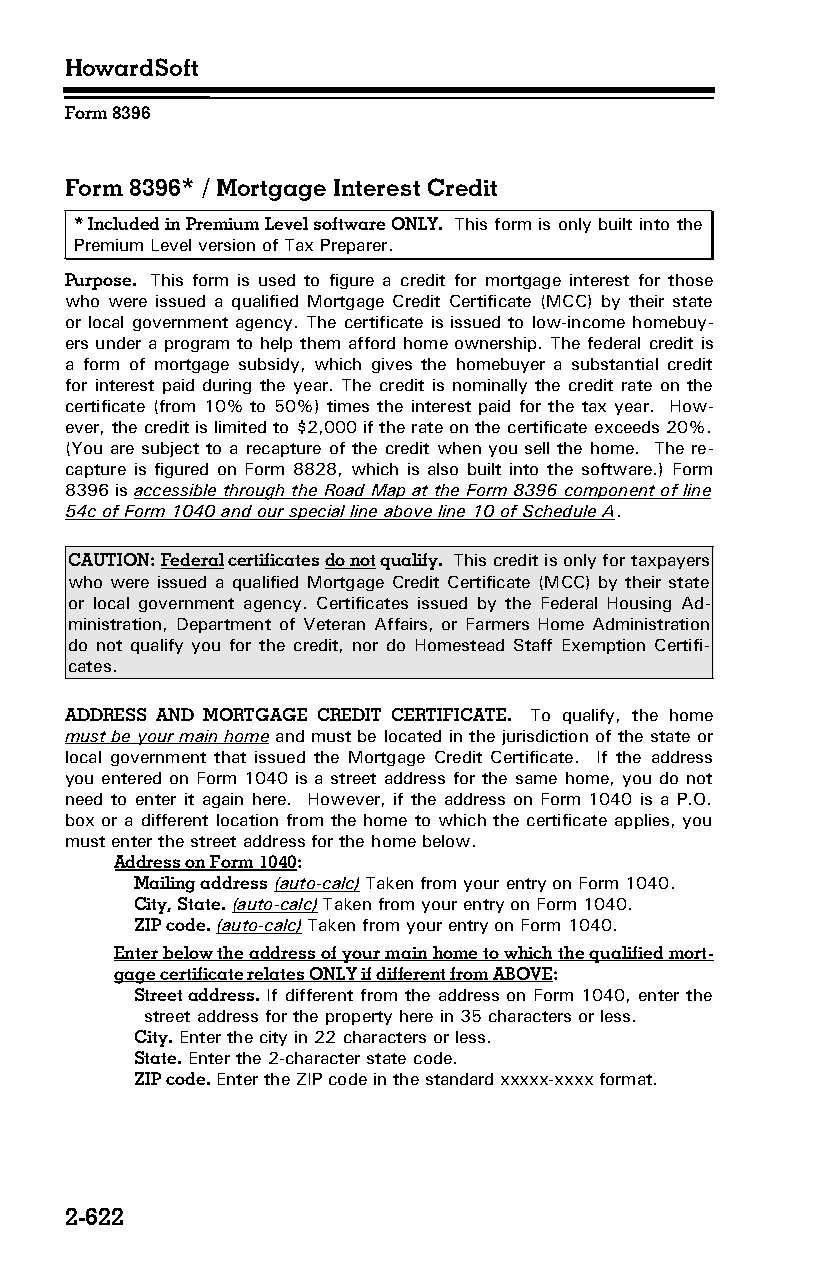
HowardSoft
 Form 8396
 Form 8396* / Mortgage Interest Credit
 * Included in Premium Level software ONLY. This form is only built into the
 Premium Level version of Tax Preparer.
 Purpose. This form is used to figure a credit for mortgage interest for those
 who were issued a qualified Mortgage Credit Certificate (MCC) by their state
 or local government agency. The certificate is issued to low-income homebuy­
 ers under a program to help them afford home ownership. The federal credit is
 a form of mortgage subsidy, which gives the homebuyer a substantial credit
 for interest paid during the year. The credit is nominally the credit rate on the
 certificate (from 10% to 50%) times the interest paid for the tax year. How­
 ever, the credit is limited to $2,000 if the rate on the certificate exceeds 20%.
 (You are subject to a recapture of the credit when you sell the home. The re­
 capture is figured on Form 8828, which is also built into the software.) Form
 8396 is accessible through the Road Map at the Form 8396 component of line
 54c of Form 1040 and our special line above line 10 of Schedule A.
 CAUTION: Federal certificates do not qualify. This credit is only for taxpayers
 who were issued a qualified Mortgage Credit Certificate (MCC) by their state
 or local government agency. Certificates issued by the Federal Housing Ad­
 ministration, Department of Veteran Affairs, or Farmers Home Administration
 do not qualify you for the credit, nor do Homestead Staff Exemption Certifi­
 cates.
 ADDRESS AND MORTGAGE CREDIT CERTIFICATE. To qualify, the home
 must be your main home and must be located in the jurisdiction of the state or
 local government that issued the Mortgage Credit Certificate. If the address
 you entered on Form 1040 is a street address for the same home, you do not
 need to enter it again here. However, if the address on Form 1040 is a P.O.
 box or a different location from the home to which the certificate applies, you
 must enter the street address for the home below.
 Address on Form 1040:
 Mailing address (auto-calc) Taken from your entry on Form 1040.
 City, State. (auto-calc) Taken from your entry on Form 1040.
 ZIP code. (auto-calc) Taken from your entry on Form 1040.
 Enter below the address of your main home to which the qualified mort­
 gage certificate relates ONLY if different from ABOVE:
 Street address. If different from the address on Form 1040, enter the
 street address for the property here in 35 characters or less.
 City. Enter the city in 22 characters or less.
 State. Enter the 2-character state code.
 ZIP code. Enter the ZIP code in the standard xxxxx-xxxx format.
 2-622